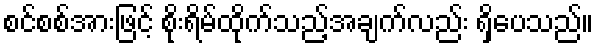
စင်စစ်အားဖြင့် စိုးရိမ်ထိုက်သည့်အချက်လည်း ရှိပေသည်။